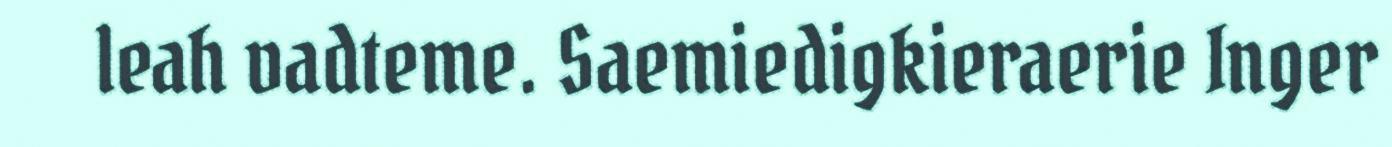
leah vadteme. Saemiedigkieraerie Inger